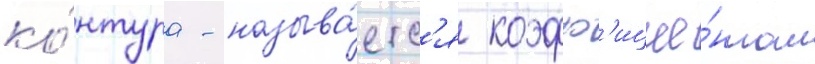
ко́нтура - называ́етс'я коэфф'ицие́нтом